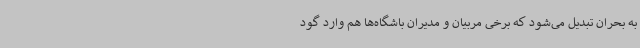
به بحران تبدیل می‌شود که برخی مربیان و مدیران باشگاه‌ها هم وارد گود